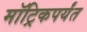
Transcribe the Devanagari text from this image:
मॉट्रिकपर्यंत